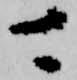
可